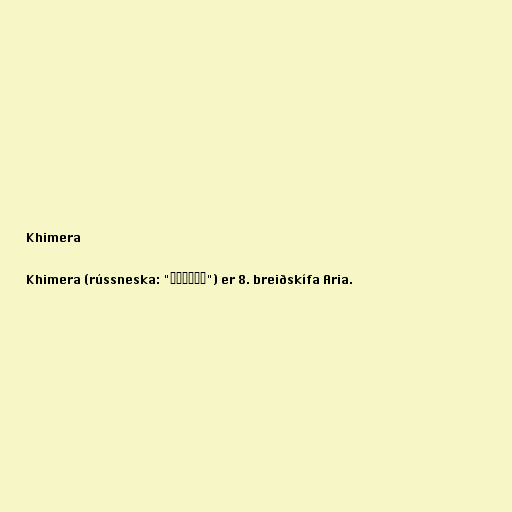
Khimera

Khimera (rússneska: "Химера") er 8. breiðskífa Aria.